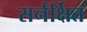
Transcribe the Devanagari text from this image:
सर्नर्क्षित